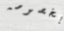
بخصوصه